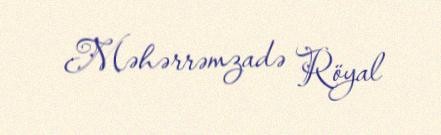
Məhərrəmzadə Röyal